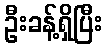
ဦးခန့်ရှိပြီး